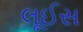
લૂઈસ